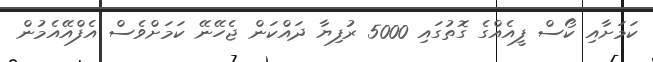
ކަމަށާއި ކޯސް ފީއެއްގެ ގޮތުގައި 5000 ރުފިޔާ ދައްކަން ޖެހޭނޭ ކަމަށްވެސް އެފްއޭއެމުން